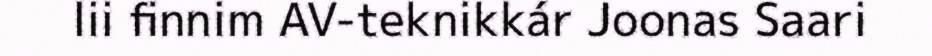
lii finnim AV-teknikkár Joonas Saari